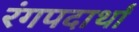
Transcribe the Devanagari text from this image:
रंगपदार्थां